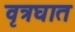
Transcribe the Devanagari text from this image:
वृत्रघात